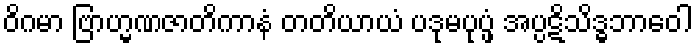
ဝိဂမာ ဗြာဟ္မဏဇာတိကာနံ တတိယာယံ ပဒုမပုပ္ဖံ အပ္ပဋိသိဒ္ဓဘာဝေါ